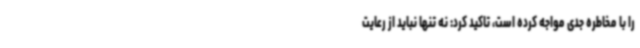
را با مخاطره جدی مواجه کرده است، تاکید کرد: نه تنها نباید از رعایت